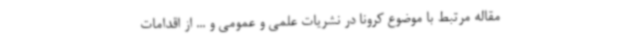
مقاله مرتبط با موضوع کرونا در نشریات علمی و عمومی و ... از اقدامات